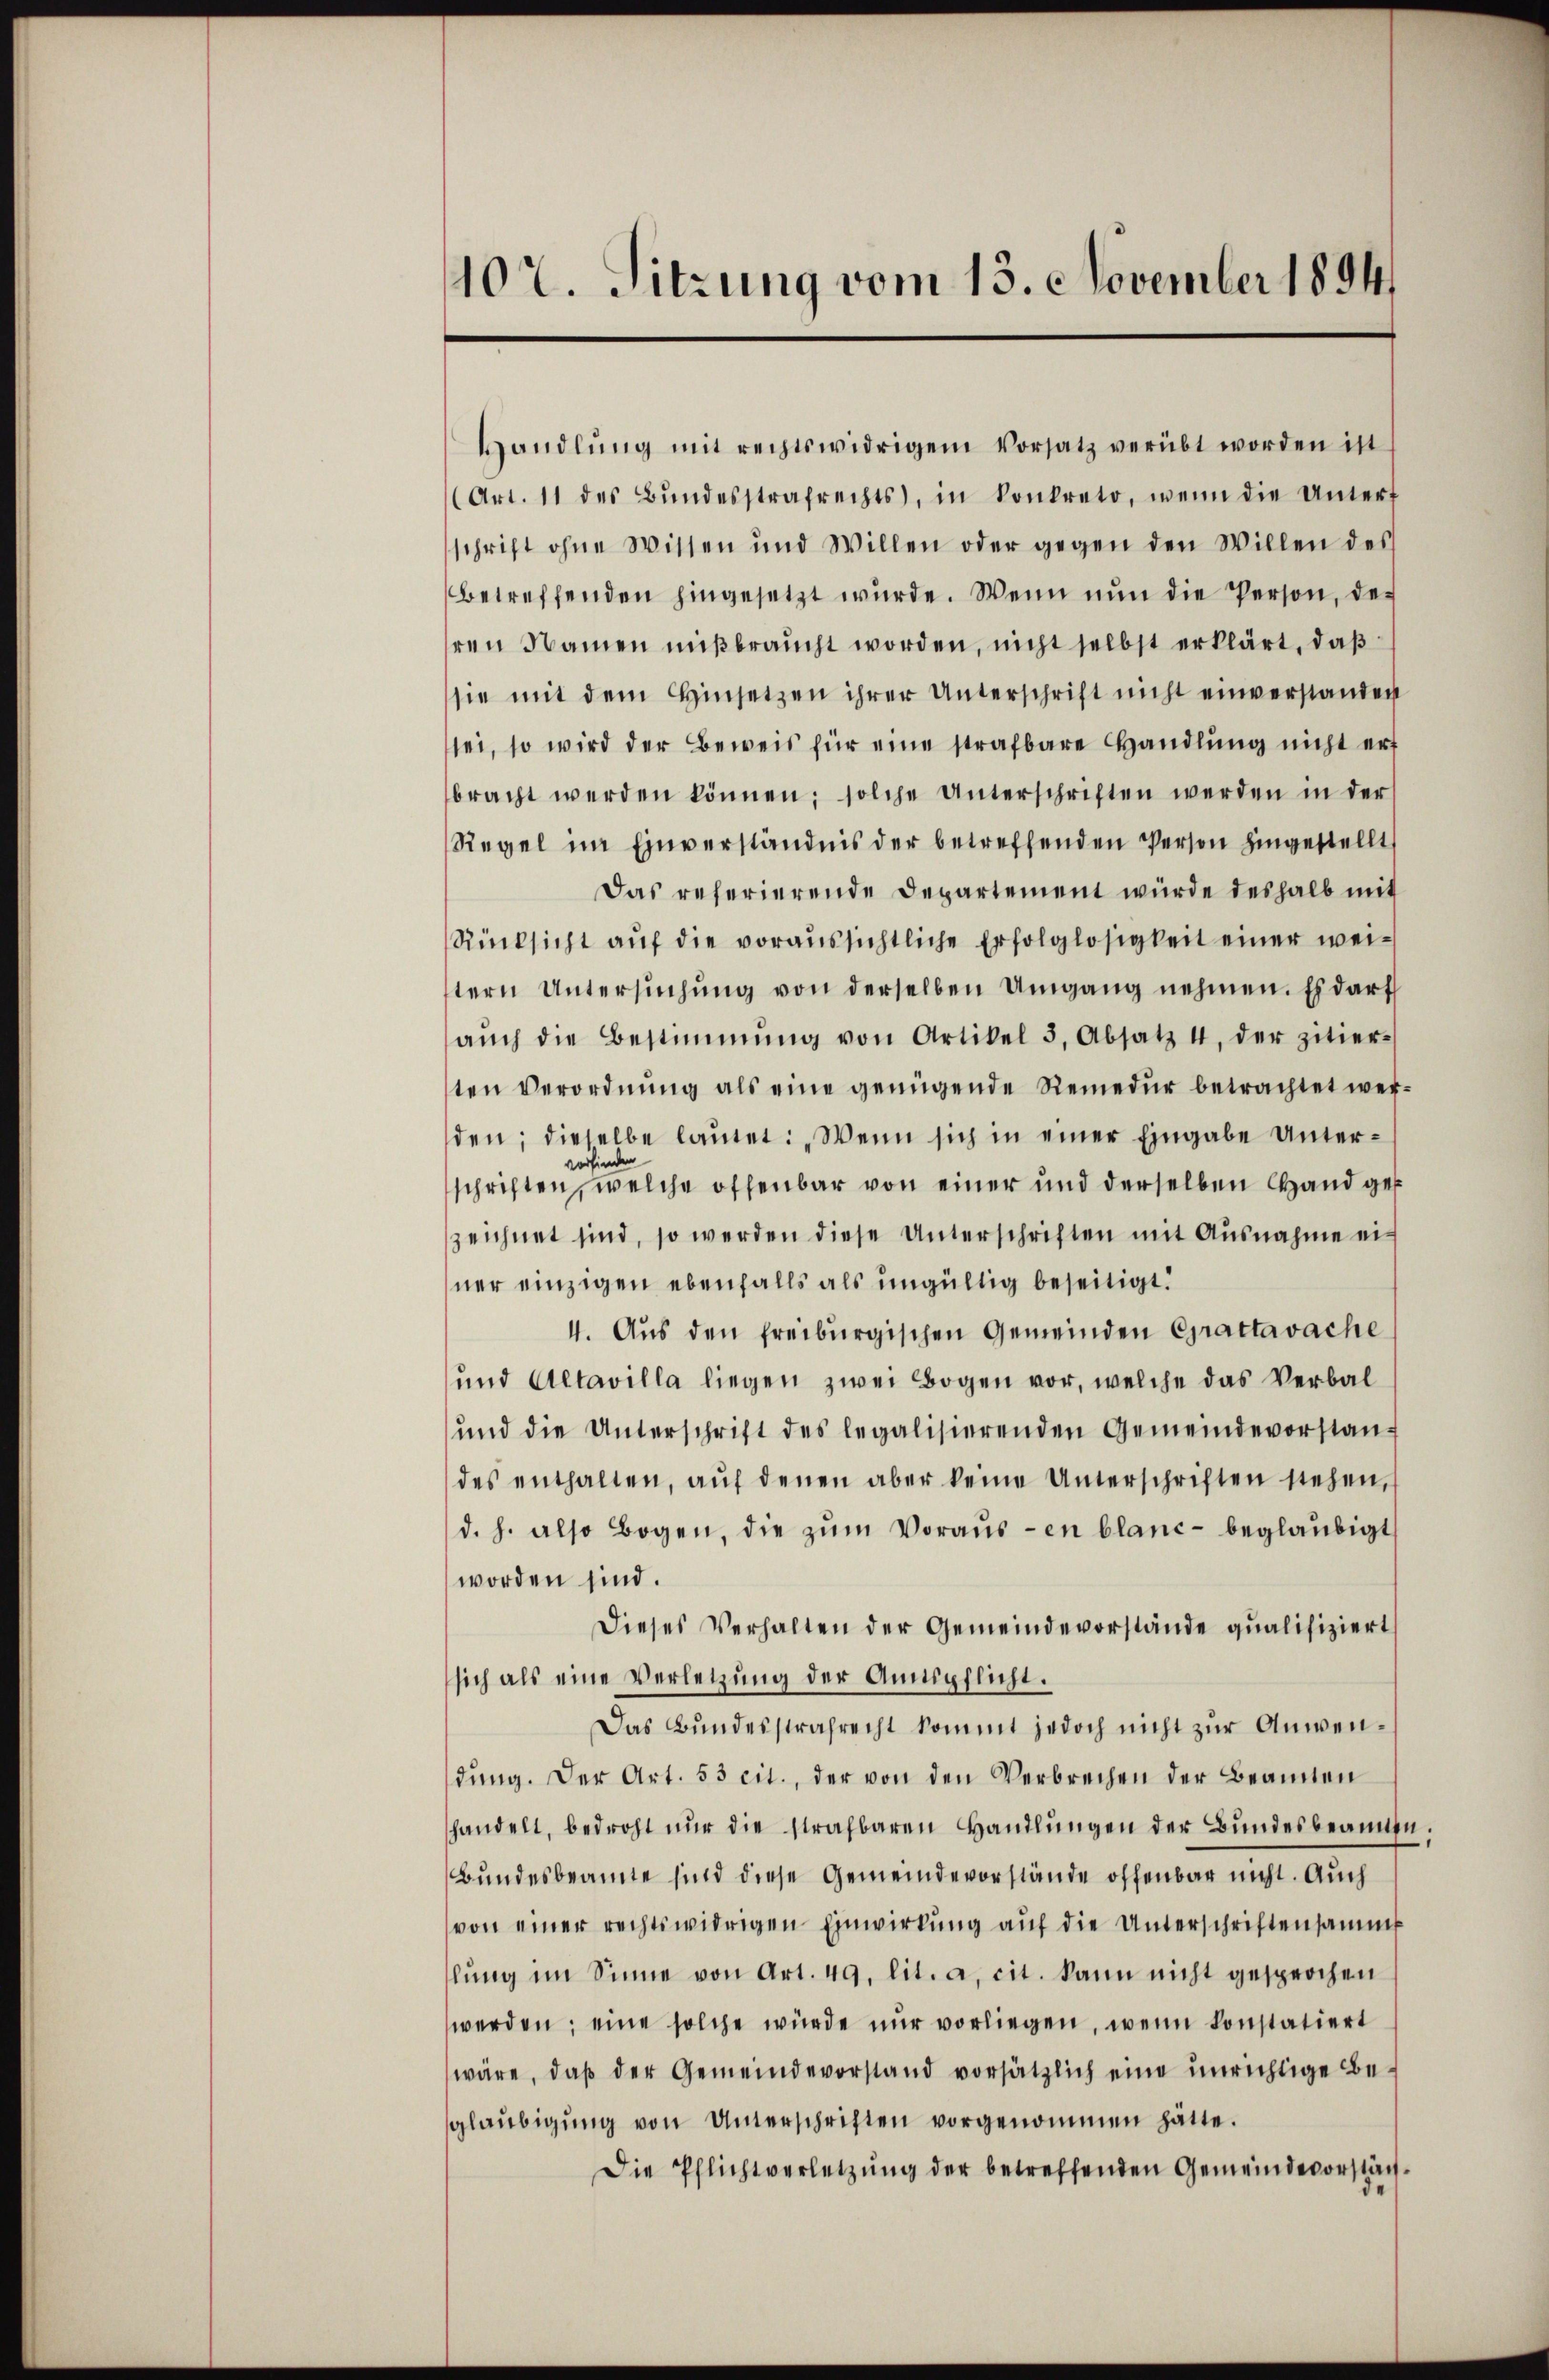
102. Sitzung vom 13. November 1894

Handlŭng mit rechtswidrigem Vorsatz verübt worden ist
(Art. 11 des Bŭndesstrafrechts, in konkreto, wenn die Untert
schrift ohne Wissen und Willen oder gegen den Willen des
betreffenden hingesetzt wŭrde. Wenn nŭn die Person, der
ren Namen mißbraucht worden, nicht selbst erklärt, daß
sie mit dem hinsetzen ihrer Unterschrift nicht einverstanden
sei, so wird der Beweis für eine strafbare Handlung nicht erf
bracht werden können; solche Unterschriften werden in der
Regel im Einverständnis der betreffenden Person hingestellt
Das referierende Departement würde deshalb mit
Rücksicht aŭf die voraussichtliche Erfolglosigkeit einer weitern Untersŭchŭng von derselben Umgang nehmen. Es darf
aŭch die Bestimmung von Artikel 3, Absatz 4, der zitier-
ten Verordnung als eine genügende Remedur betrachtet werden; dieselbe laŭtet: „Wenn sich in einer Eingabe Unter-
erfinde
schriften, welche offenbar von einer und derselben Hand ges
zeichnet sind, so werden diese Unterschriften mit Ausnahme ei-
ner einzigen ebenfalls als ungültig beseitigt.
4. Aŭs den freiburgischen Gemeinden Grattavache
und Altavilla liegen zwei Bogen vor, welche das Verbal¬
und die Unterschrift des legalisierenden Gemeindevorstandes enthalten, aŭf denen aber keine Unterschriften stehen,
d. h. also Bogen, die zŭm Vorausen blanc- beglaubigt
worden sind.
Dieses Verhalten der Gemeindevorstände qualifiziert
sich als eine Verletzung der Annipflicht.
Das Bundesstrafrecht kommt jedoch nicht zur Anwendŭng. Der Art. 53 cit., der von den Verbrechen der Beamten
handelt, bedroht nur die strafbaren Handlungen der Bundesbeamten.
Bundesbeamte sind diese Gemeindevorstände offenbar nicht. Auch
von einer rechtswidrigen Einwirkŭng aŭf die Unterschriftensammt
lŭng im Sinne von Art. 49. lit. a, cit. kann nicht gesprochen
werden; eine solche würde nur vorliegen, wenn konstatiert
wäre, daβ der Gemeindevorstand vorsätzlich eine unrichtige Be-
glaŭbigŭng von Unterschriften vorgenommen hätte.
Die Pflichtverletzung der betreffenden Gemeindevorstäch¬